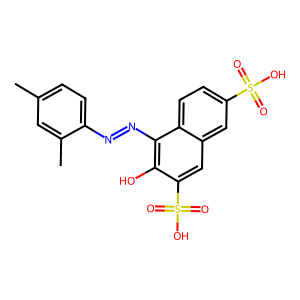
SMILES: Cc1ccc(N=Nc2c(O)c(S(=O)(=O)O)cc3cc(S(=O)(=O)O)ccc23)c(C)c1
Inhibits HIV replication: No